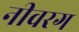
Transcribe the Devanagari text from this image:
नीवरग